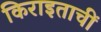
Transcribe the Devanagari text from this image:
किराइताचीं